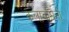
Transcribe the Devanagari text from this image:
कलावर्धिनी